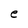
Character: e